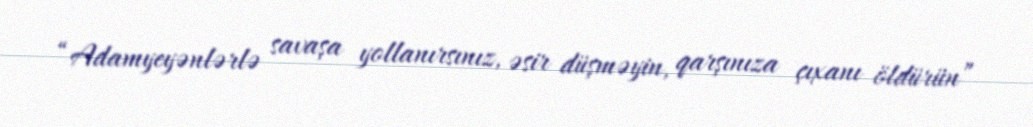
“Adamyeyənlərlə savaşa yollanırsınız, əsir düşməyin, qarşınıza çıxanı öldürün”